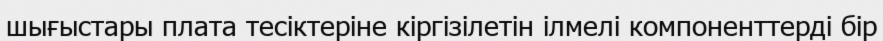
шығыстары плата тесіктеріне кіргізілетін ілмелі компоненттерді бір